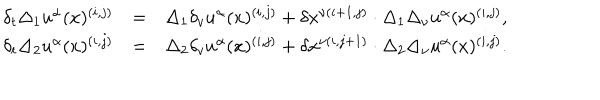
LaTeX: \begin{array} { c r l } { { \delta _ { t } \Delta _ { 1 } u ^ { \alpha } ( x ) ^ { ( i , j ) } } } & { { = } } & { { \Delta _ { 1 } \delta _ { v } u ^ { \alpha } ( x ) ^ { ( i , j ) } + \delta x ^ { \nu ( i + 1 , j ) } \cdot \Delta _ { 1 } \Delta _ { \nu } u ^ { \alpha } ( x ) ^ { ( i , j ) } , } } \\ { { \delta _ { t } \Delta _ { 2 } u ^ { \alpha } ( x ) ^ { ( i , j ) } } } & { { = } } & { { \Delta _ { 2 } \delta _ { v } u ^ { \alpha } ( x ) ^ { ( i , j ) } + \delta x ^ { \nu ( i , j + 1 ) } \cdot \Delta _ { 2 } \Delta _ { \nu } u ^ { \alpha } ( x ) ^ { ( i , j ) } . } } \\ \end{array}